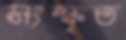
সংস্কৃত